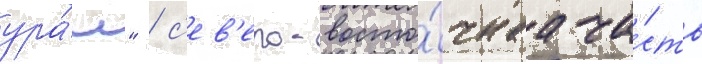
ура́л" / с'ев'еро-восто́чнаа ча́сть